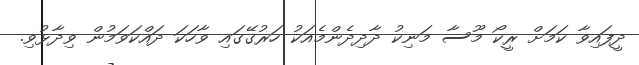
ދީފައިވާ ކަމަށް ރީކޯ މޫސާ މަނިކު ދާދިދެންމެއަކު ހަރުގޭގައި ވާހަކަ ދައްކަވަމުން ވިދާޅުވި.